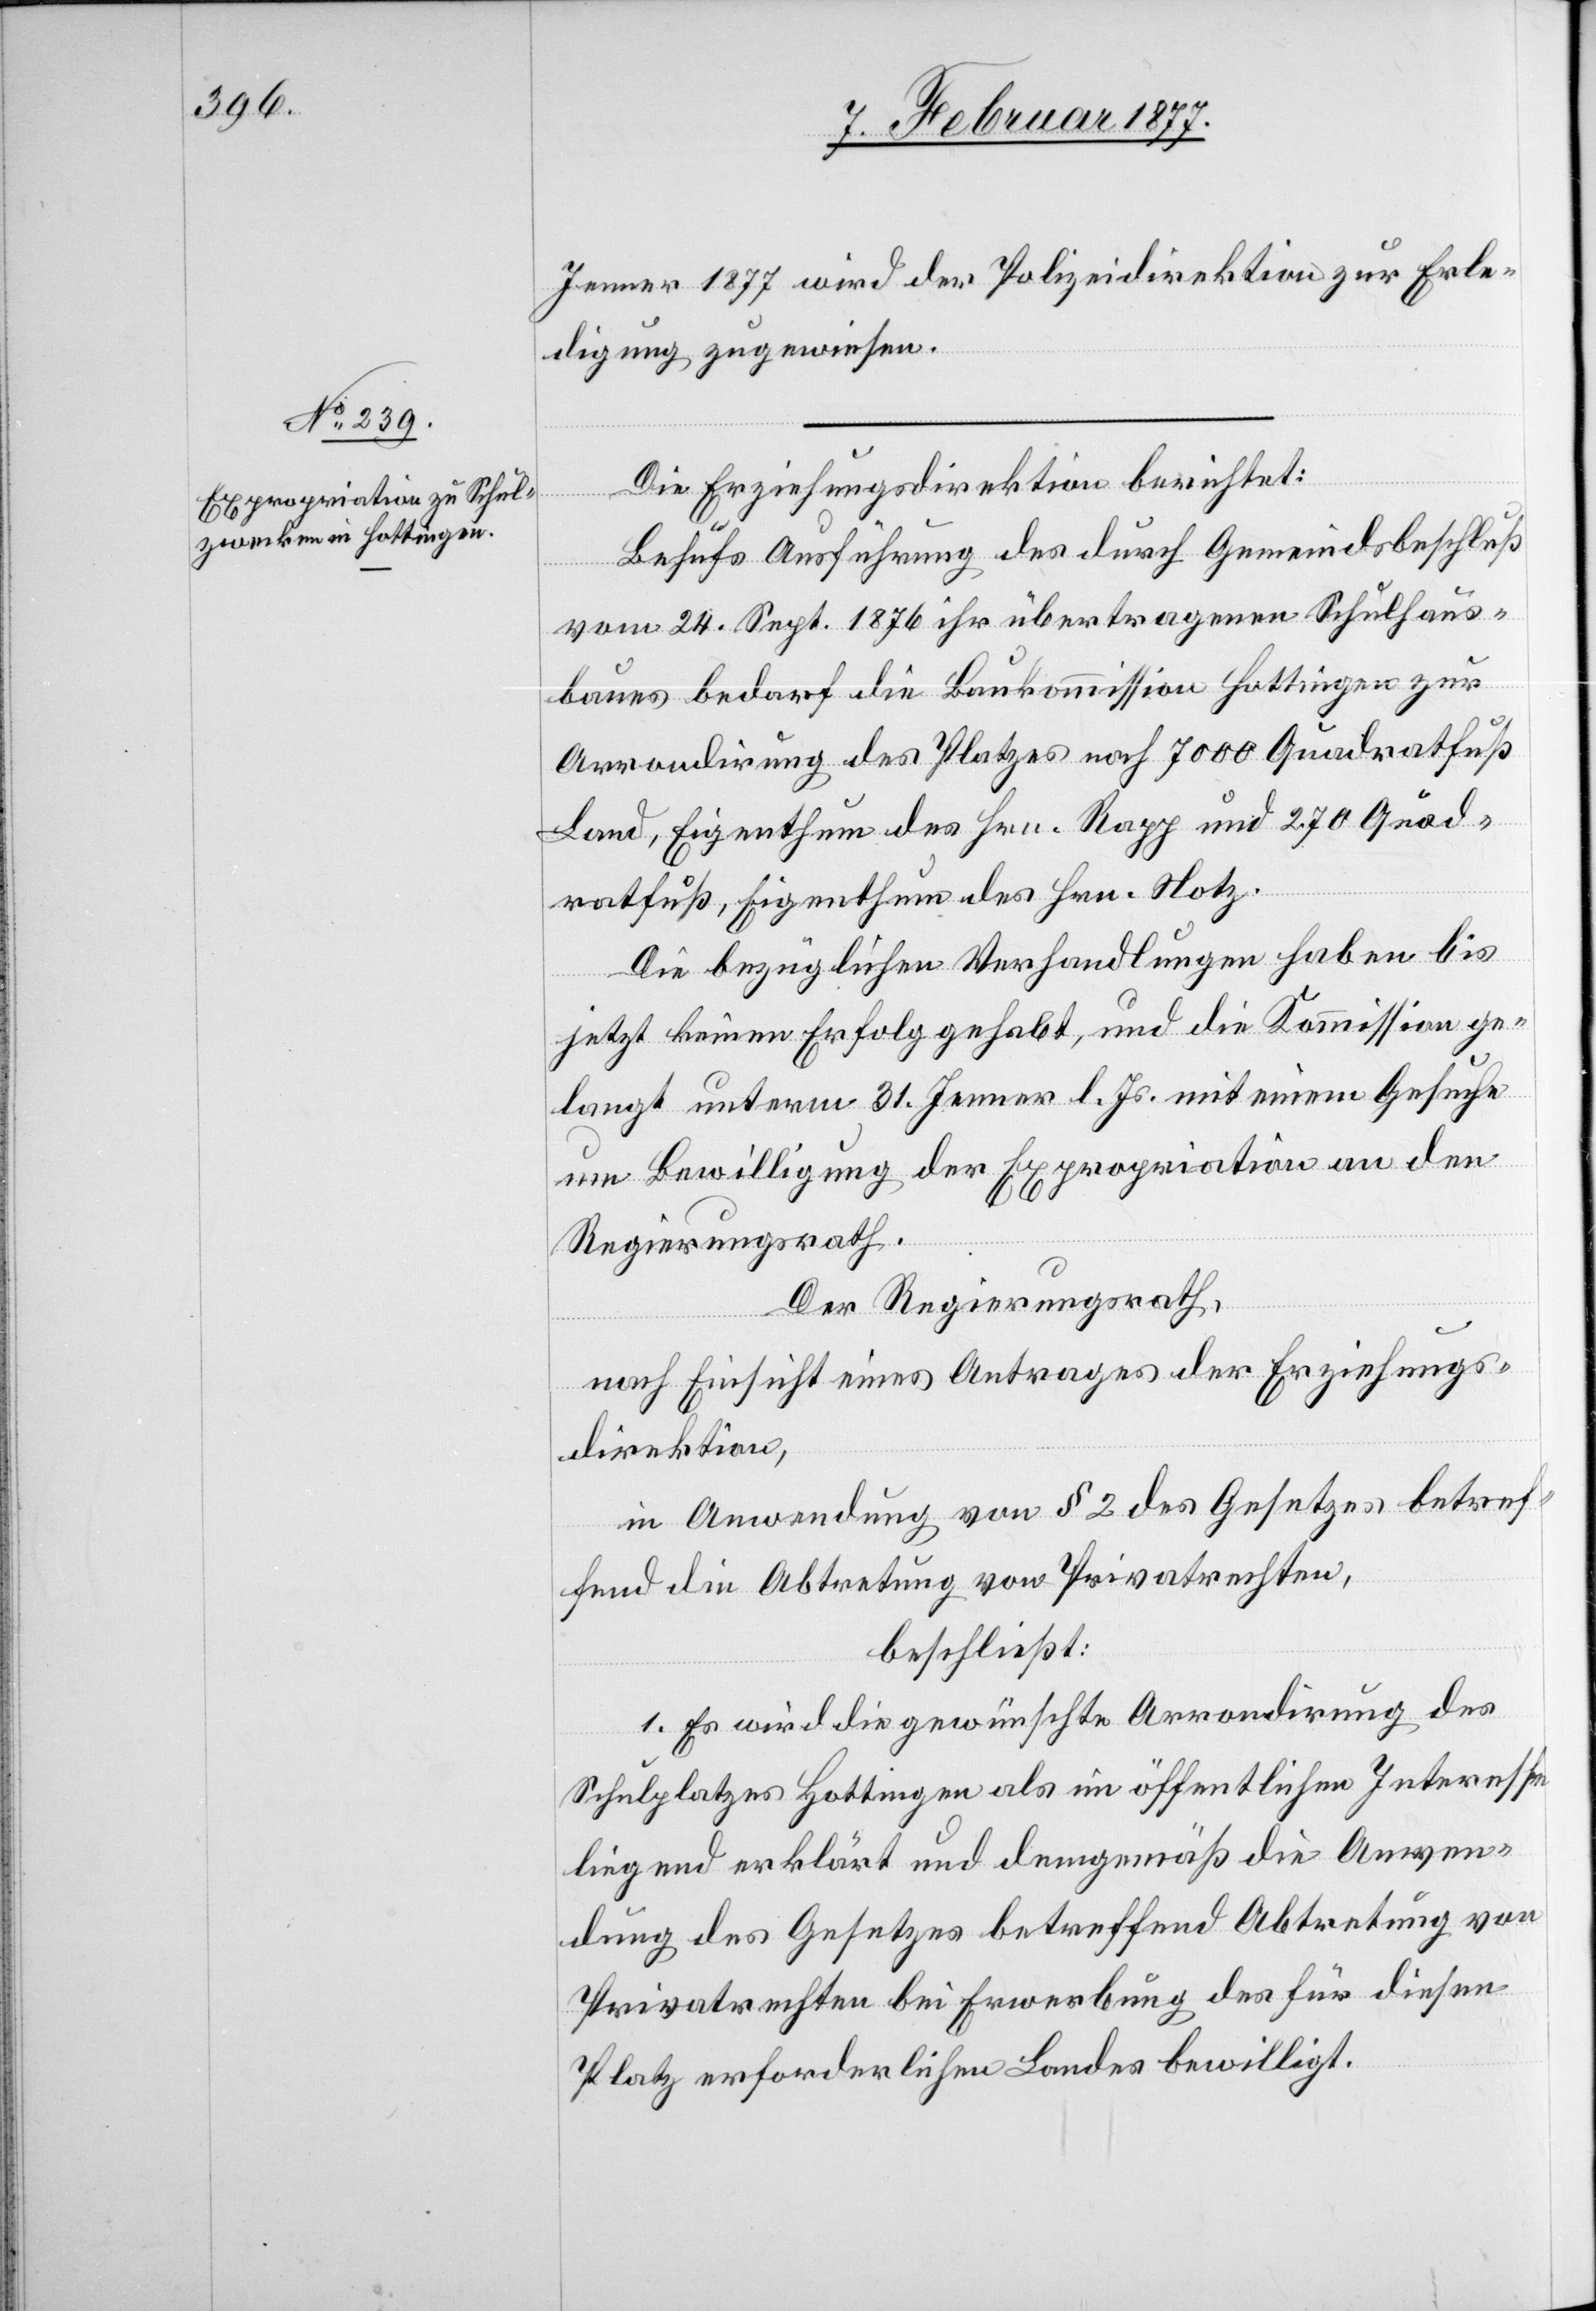
Jenner 1877 wird der Polizeidirektion zur Erle¬
digung zugewiesen.
Die Erziehungsdirektion berichtet:
Behufs Ausführung des durch Gemeindsbeschluß
vom 24. Sept. 1876 ihr übertragenen Schulhaus¬
baues bedarf die Baukommission Hottingen zur
Arrondirung des Platzes noch 7000 Quadratfuß
Land, Eigenthum des Hrn. Rapp und 270 Quad¬
ratfuß, Eigenthum des Hrn. Hotz.
Die bezüglichen Verhandlungen haben bis
jetzt keinen Erfolg gehabt, und die Kommission ge¬
langt unterm 31. Jenner l. Js. mit einem Gesuche
um Bewilligung der Expropriation an den
Regierungsrath.
Der Regierungsrath,
nach Einsicht eines Antrages der Erziehungs¬
direktion,
in Anwendung von § 2 des Gesetzes betref¬
fend die Abtretung von Privatrechten,
beschließt:
1. Es wird die gewünschte Arrondirung des
Schulplatzes Hottingen als im öffentlichen Interesse
liegend erklärt und demgemäß die Anwen¬
dung des Gesetzes betreffend Abtretung von
Privatrechten bei Erwerbung des für diesen
Platz erforderlichen Landes bewilligt.